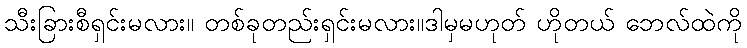
သီးခြားစီရှင်းမလား။ တစ်ခုတည်းရှင်းမလား။ဒါမှမဟုတ် ဟိုတယ် ဘေလ်ထဲကို